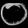
Digit: ၀